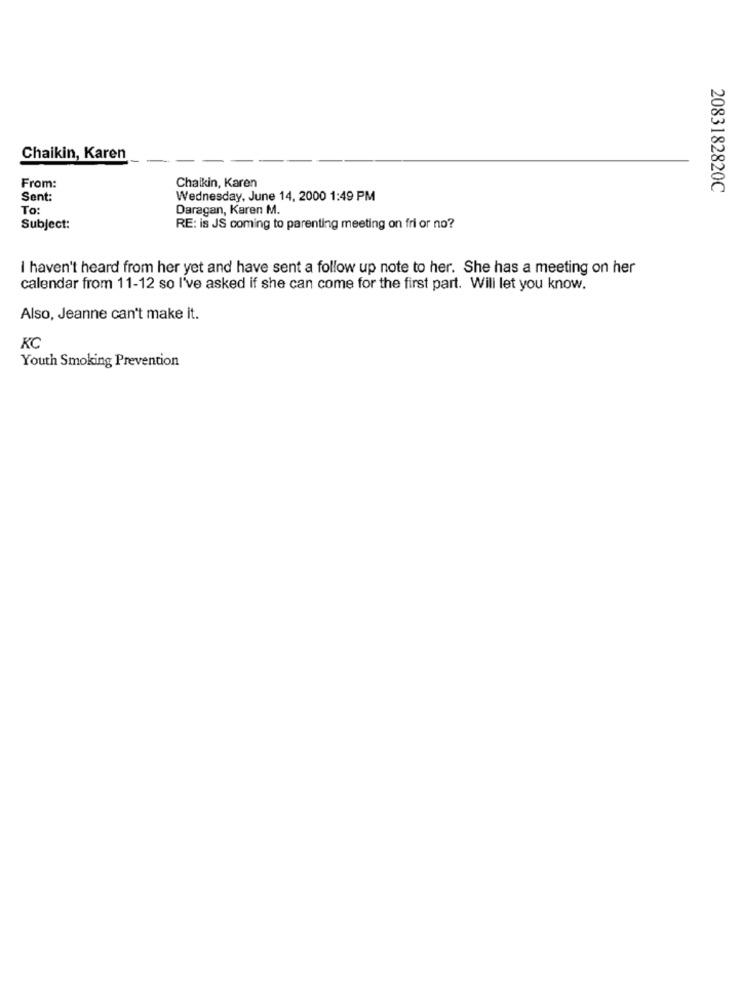
Chaikin, Karen
From:
Chaikin, Karen
2083182820C
Sent:
Wednesday, June 14, 2000 1:49 PM
To:
Daragan, Karen M.
Subject:
RE: is JS coming to parenting meeting on fri or no?
I haven't heard from her yet and have sent a follow up note to her. She has a meeting on her
calendar from 11-12 so I've asked if she can come for the first part. Will let you know.
Also, Jeanne can't make it.
KC
Youth Smoking Prevention